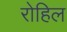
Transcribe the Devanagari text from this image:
रोहिल